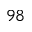
^ { 9 8 }